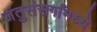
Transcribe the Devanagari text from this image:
जंतुसंसर्गांमध्ये